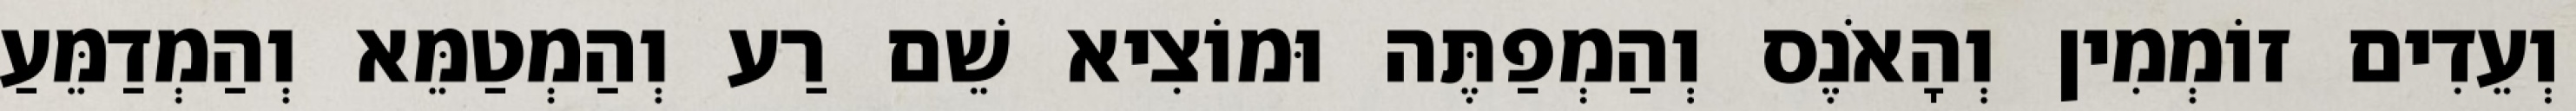
וְעֵדִים זוֹמְמִין וְהָאֹנֶס וְהַמְפַתֶּה וּמוֹצִיא שֵׁם רַע וְהַמְטַמֵּא וְהַמְדַמֵּעַ